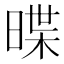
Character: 𣈽